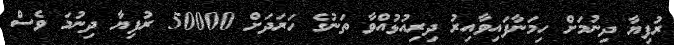
ރުފިޔާ ދިނުމަށް ހިމަނާފައިވާއިރު ދިރިއުޅުއްވާ ތަނުގެ ހަރަދަށް 50000 ރުފިޔާ ދިނުމަ ވެސް